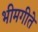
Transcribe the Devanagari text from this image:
भीमगीते